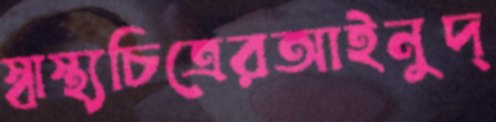
স্বাস্থ্যচিত্রেরআইনুদ্